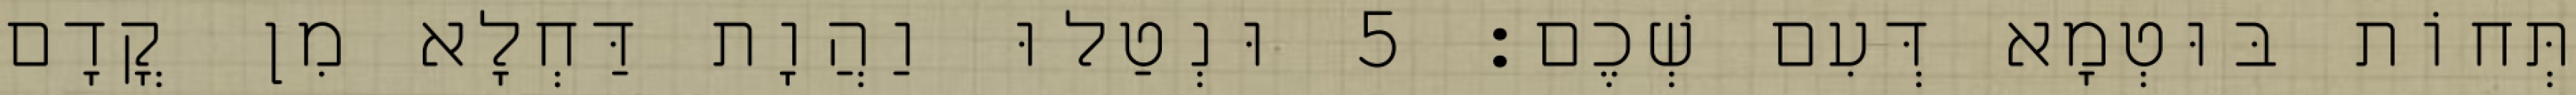
תְּחוֹת בּוּטְמָא דְּעִם שְׁכֶם׃ 5 וּנְטַלוּ וַהֲוָת דַּחְלָא מִן קֳדָם